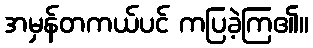
အမှန်တကယ်ပင် ကပြခဲ့ကြ၏။